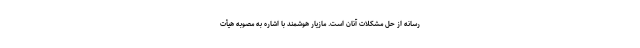
رسانه از حل مشکلات آنان است. مازیار هوشمند با اشاره به مصوبه هیأت